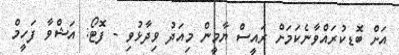
އަށް ބޮޑކުރައްވާނެކަމަށް ރައީސް ޔާމީން މިއަދު ވިދާޅުވި - ފޮޓޯ: އަޝްވާ ފަހީމް